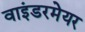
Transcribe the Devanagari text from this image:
वाइंडरमेयर